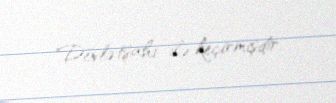
Dövlətşahi ilə keçirmişdir.